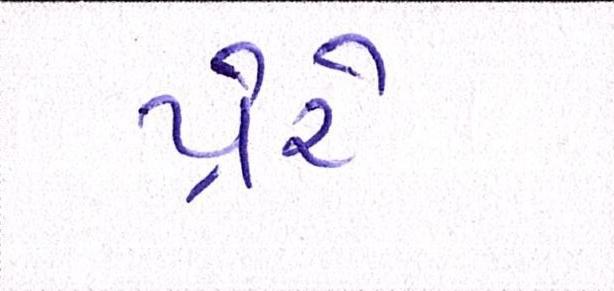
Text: પ્રેરે